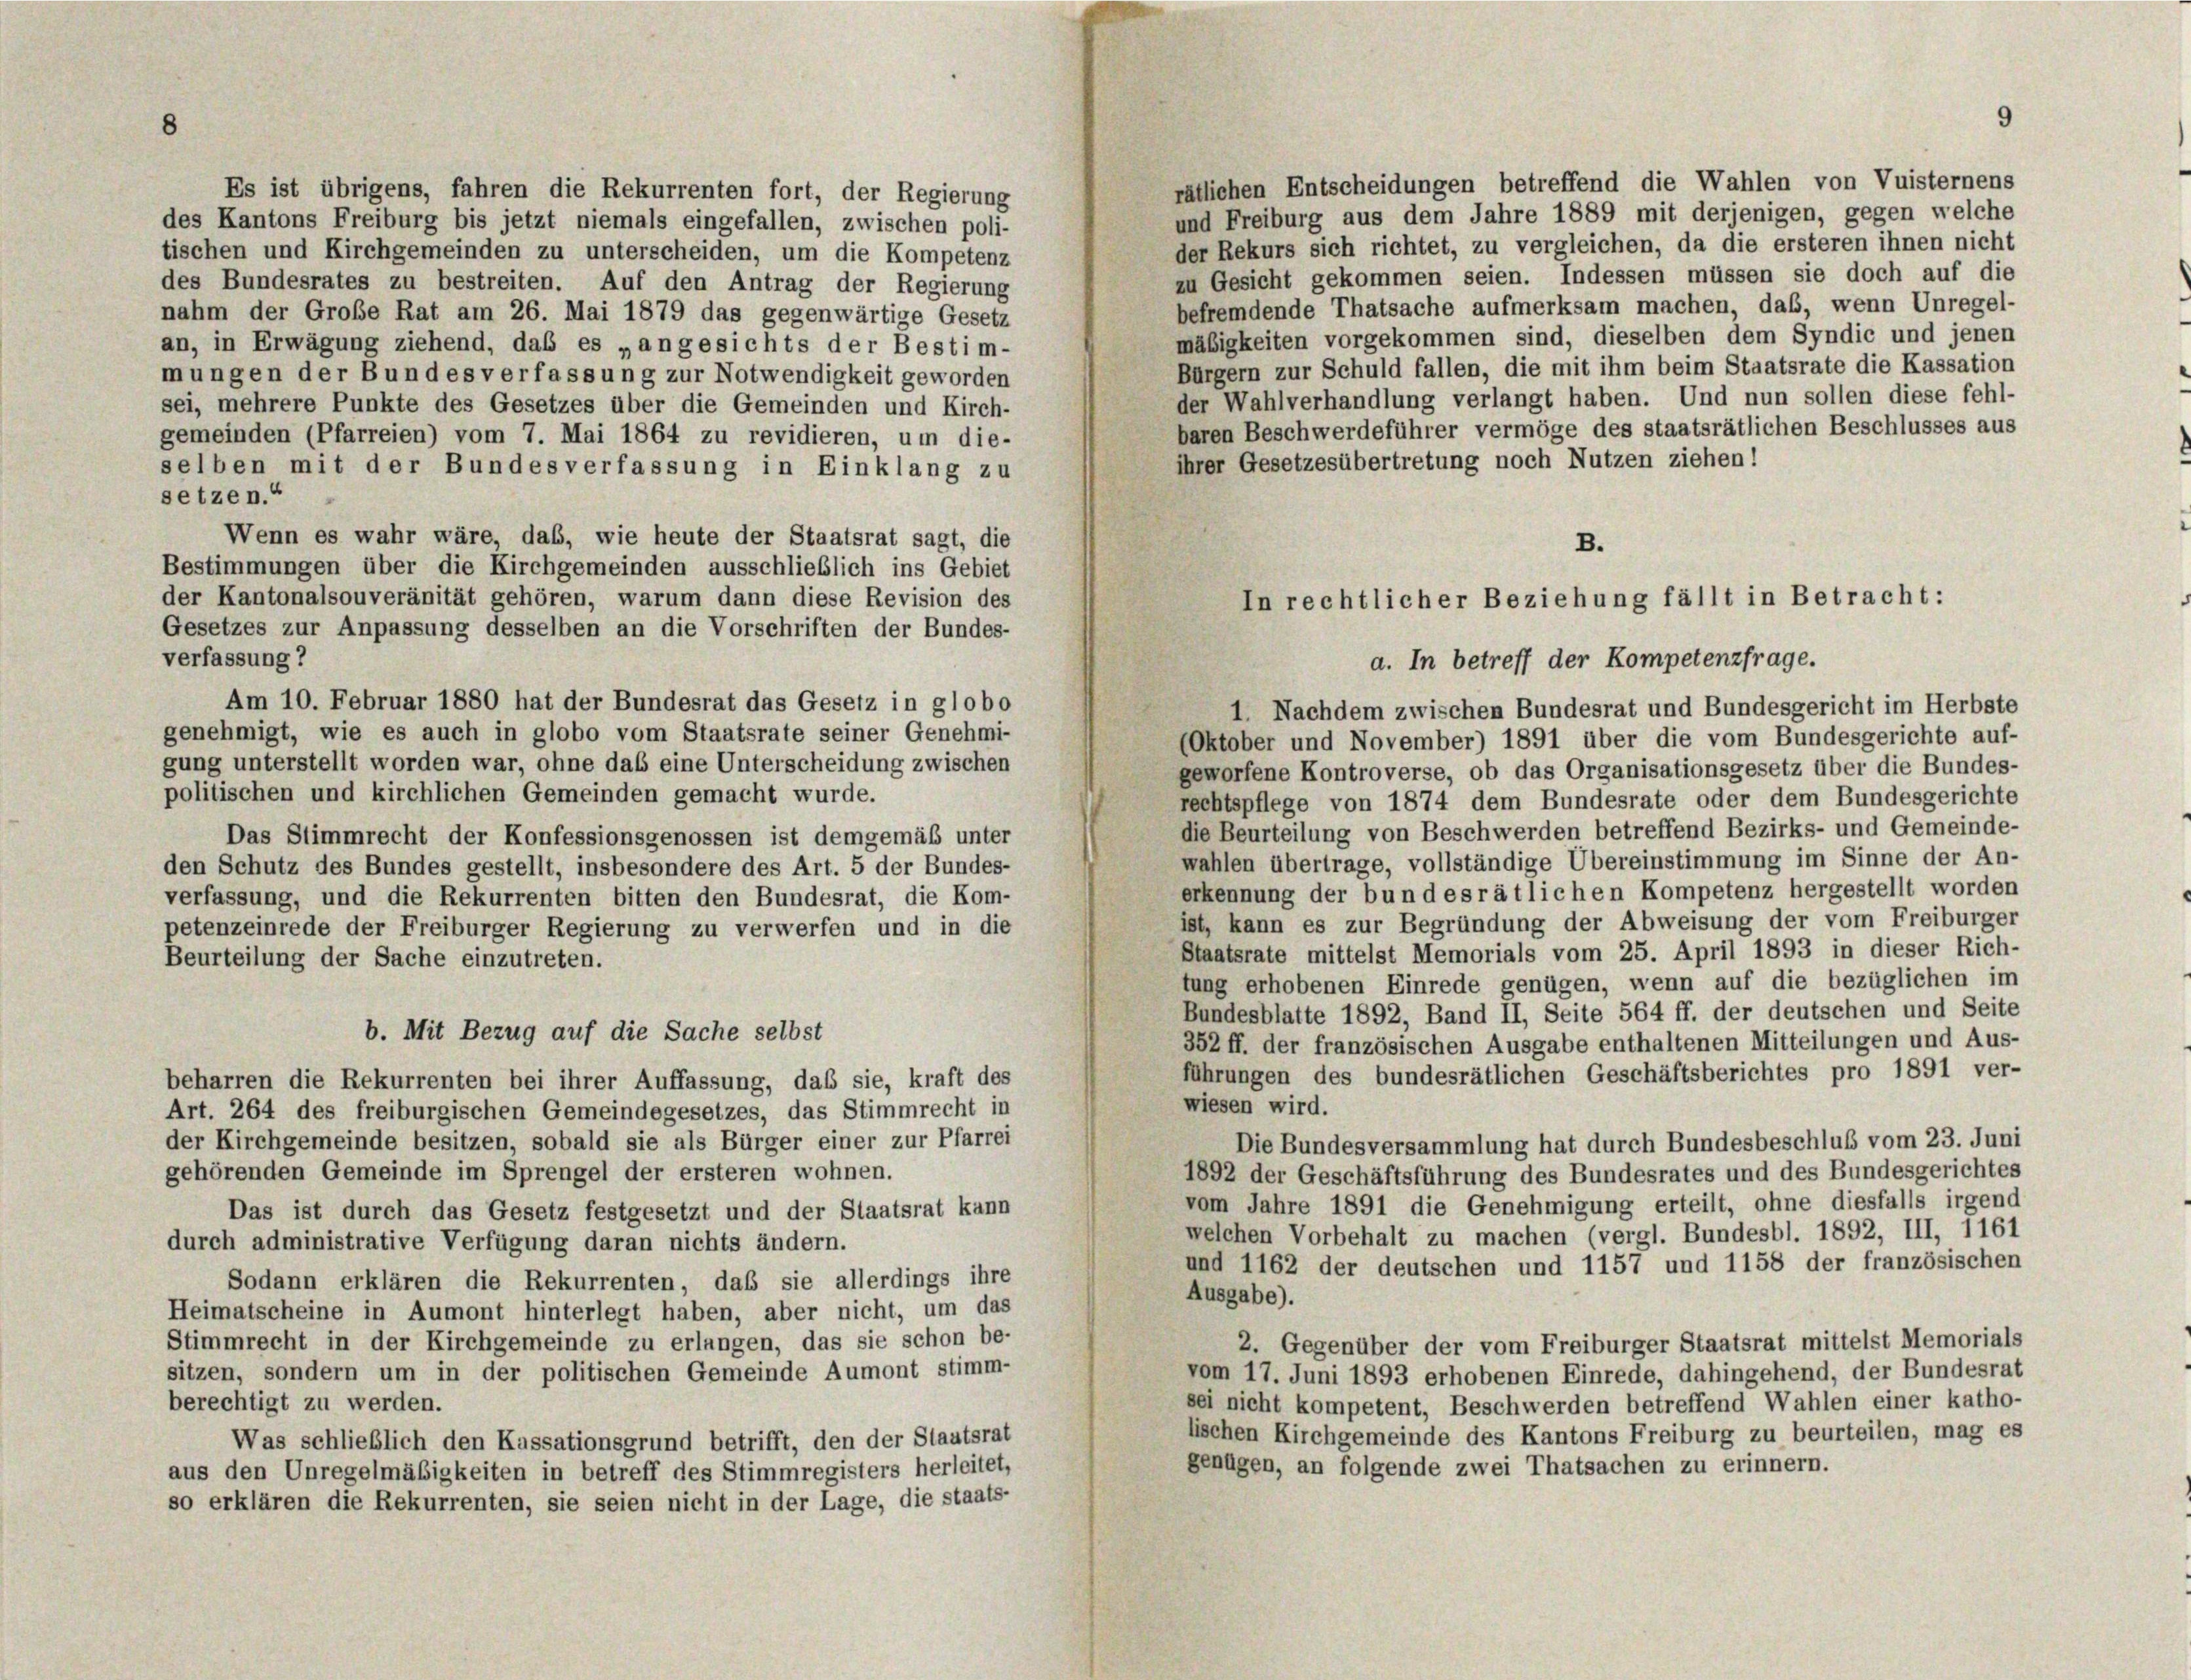
8

rätlichen Entscheidungen betreffend die Wahlen von Vuisternens
Es ist übrigens, fahren die Rekurrenten fort, der Regierung
und Freiburg aus dem Jahre 1889 mit derjenigen, gegen welche
des Kantons Freiburg bis jetzt niemals eingefallen, zwischen poli-
der Rekurs sich richtet, zu vergleichen, da die ersteren ihnen nicht
tischen und Kirchgemeinden zu unterscheiden, um die Kompetenz
zu Gesicht gekommen seien. Indessen müssen sie doch auf die
des Bundesrates zu bestreiten. Auf den Antrag der Regierung
befremdende Thatsache aufmerksam machen, daß, wenn Unregel-
nahm der Große Rat am 26. Mai 1879 das gegenwärtige Gesetz
mäßigkeiten vorgekommen sind, dieselben dem Syndic und jenen
an, in Erwägung ziehend, daß es „angesichts der Bestim-
Bürgern zur Schuld fallen, die mit ihm beim Staatsrate die Kassation
mungen der Bundes verfassung zur Notwendigkeit geworden
der Wahlverhandlung verlangt haben. Und nun sollen diese fehl-
sei, mehrere Punkte des Gesetzes über die Gemeinden und Kirch-
baren Beschwerdeführer vermöge des staatsrätlichen Beschlusses aus
gemeinden (Pfarreien) vom 7. Mai 1864 zu revidieren, um die-
ihrer Gesetzesübertretung noch Nutzen ziehen!
selben mit der Bundesverfassung in Einklang zu
setzen.“
Wenn es wahr wäre, das, wie heute der Staatsrat sagt, die
Bestimmungen über die Kirchgemeinden ausschließlich ins Gebiet
der Kantonalsouveränität gehören, warum dann diese Revision des
Gesetzes zur Anpassung desselben an die Vorschriften der Bundes-
verfassung?
Am 10. Februar 1880 hat der Bundesrat das Gesetz in globo
1. Nachdem zwischen Bundesrat und Bundesgericht im Herbste
genehmigt, wie es auch in globo vom Staatsrate seiner Genehmi-
(Oktober und November) 1891 über die vom Bundesgerichte auf-
gung unterstellt worden war, ohne das eine Unterscheidung zwischen
geworfene Kontroverse, ob das Organisationsgesetz über die Bundes-
politischen und kirchlichen Gemeinden gemacht wurde.
rechtspflege von 1874 dem Bundesrate oder dem Bundesgerichte
die Beurteilung von Beschwerden betreffend Bezirks- und Gemeinde-
Das Stimmrecht der Konfessionsgenossen ist demgemäß unter
wahlen übertrage, vollständige Übereinstimmung im Sinne der An-
den Schutz des Bundes gestellt, insbesondere des Art. 5 der Bundes-
erkennung der bundesrätlichen Kompetenz hergestellt worden
verfassung, und die Rekurrenten bitten den Bundesrat, die Kom-
ist, kann es zur Begründung der Abweisung der vom Freiburger
petenzeinrede der Freiburger Regierung zu verwerfen und in die
Staatsrate mittelst Memorials vom 25. April 1893 in dieser Rich-
Beurteilung der Sache einzutreten.
tung erhobenen Einrede genügen, wenn auf die bezüglichen im
Bundesblatte 1892, Band II, Seite 564 ff. der deutschen und Seite
b. Mit Bezug auf die Sache selbst
352 ff. der französischen Ausgabe enthaltenen Mitteilungen und Aus-
führungen des bundesrätlichen Geschäftsberichtes pro 1891 ver-
beharren die Rekurrenten bei ihrer Auffassung, daß sie, kraft des
wiesen wird.
Art. 264 des freiburgischen Gemeindegesetzes, das Stimmrecht in
der Kirchgemeinde besitzen, sobald sie als Bürger einer zur Pfarrei
Die Bundesversammlung hat durch Bundesbeschluß vom 23. Juni
gehörenden Gemeinde im Sprengel der ersteren wohnen.
1892 der Geschäftsführung des Bundesrates und des Bundesgerichtes
vom Jahre 1891 die Genehmigung erteilt, ohne diesfalls irgend
Das ist durch das Gesetz festgesetzt und der Staatsrat kann
welchen Vorbehalt zu machen (vergl. Bundesbl. 1892, III, 1161
durch administrative Verfügung daran nichts ändern.
und 1162 der deutschen und 1157 und 1158 der französischen
Sodann erklären die Rekurrenten, daß sie allerdings ihre
Ausgabe).
Heimatscheine in Aumont hinterlegt haben, aber nicht, um das
Stimmrecht in der Kirchgemeinde zu erlangen, das sie schon be-
2. Gegenüber der vom Freiburger Staatsrat mittelst Memorials
sitzen, sondern um in der politischen Gemeinde Aumont stimm-
vom 17. Juni 1893 erhobenen Einrede, dahingehend, der Bundesrat
berechtigt zu werden.
sei nicht kompetent, Beschwerden betreffend Wahlen einer katho-
lischen Kirchgemeinde des Kantons Freiburg zu beurteilen, mag es
Was schließlich den Kassationsgrund betrifft, den der Staatsrat
genügen, an folgende zwei Thatsachen zu erinnern.
aus den Unregelmäßigkeiten in betreff des Stimmregisters herleitet,
so erklären die Rekurrenten, sie seien nicht in der Lage, die staats-

B.
In rechtlicher Beziehung fällt in Betracht:
a. In betreff der Kompetenzfrage.